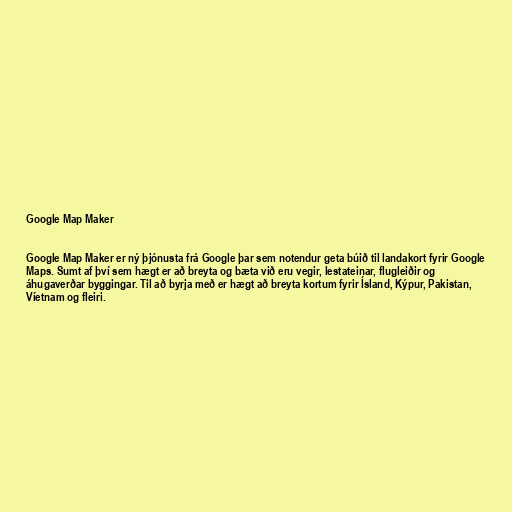
Google Map Maker

Google Map Maker er ný þjónusta frá Google þar sem notendur geta búið til landakort fyrir Google
Maps. Sumt af því sem hægt er að breyta og bæta við eru vegir, lestateinar, flugleiðir og
áhugaverðar byggingar. Til að byrja með er hægt að breyta kortum fyrir Ísland, Kýpur, Pakistan,
Víetnam og fleiri.